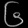
Digit: ၆